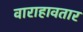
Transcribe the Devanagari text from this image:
वाराहावतार